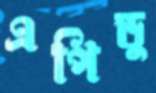
এপিডু